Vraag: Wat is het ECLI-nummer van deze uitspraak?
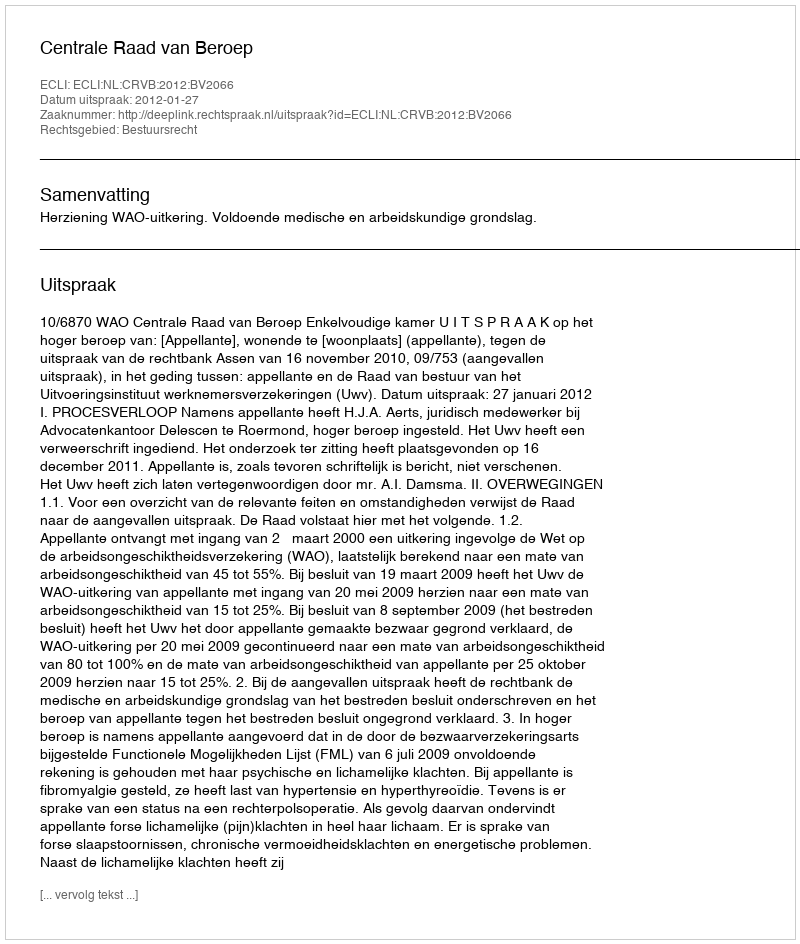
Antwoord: ECLI:NL:CRVB:2012:BV2066